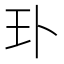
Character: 㺪